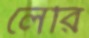
লেরি